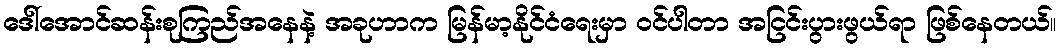
ဒေါ်အောင်ဆန်းစုကြည်အနေနဲ့ အခုဟာက မြန်မာ့နိုင်ငံရေးမှာ ဝင်ပါတာ အငြင်းပွားဖွယ်ရာ ဖြစ်နေတယ်။